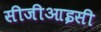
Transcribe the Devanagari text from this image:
सीजीआइसी